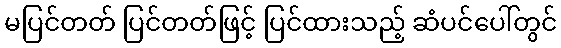
မပြင်တတ် ပြင်တတ်ဖြင့် ပြင်ထားသည့် ဆံပင်ပေါ်တွင်